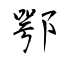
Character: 鄂